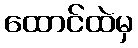
ထောင်ထဲမှ